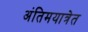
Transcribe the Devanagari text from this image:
अंतिमयात्रेत